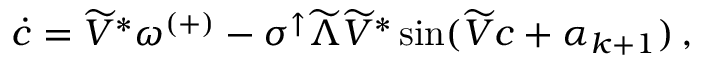
\begin{array} { r } { \Dot { c } = \widetilde { V } ^ { * } \omega ^ { ( + ) } - \sigma ^ { \uparrow } \widetilde { \Lambda } \widetilde { V } ^ { * } \sin ( \widetilde { V } c + \alpha _ { k + 1 } ) \, , } \end{array}